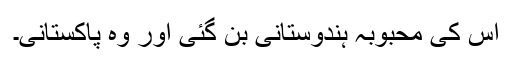
اس کی محبوبہ ہندوستانی بن گئی اور وہ پاکستانی۔